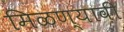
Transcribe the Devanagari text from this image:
मिळण्यावी